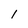
Character: 1